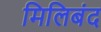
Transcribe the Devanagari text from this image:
मिलिबंद